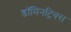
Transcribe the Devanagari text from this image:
डॉमिनट्रिक्स